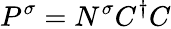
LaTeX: P^{\sigma}=N^{\sigma}C^{\dagger}C